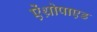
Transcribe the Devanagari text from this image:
ऐंथ्रोपाएड